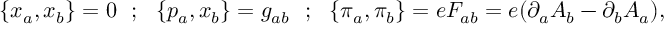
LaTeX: \{ x _ { a } , x _ { b } \} = 0 ~ ~ ; ~ ~ \{ p _ { a } , x _ { b } \} = g _ { a b } ~ ~ ; ~ ~ \{ \pi _ { a } , \pi _ { b } \} = e F _ { a b } = e ( \partial _ { a } A _ { b } - \partial _ { b } A _ { a } ) ,